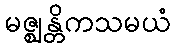
မဇ္ဈန္တိကသမယံ